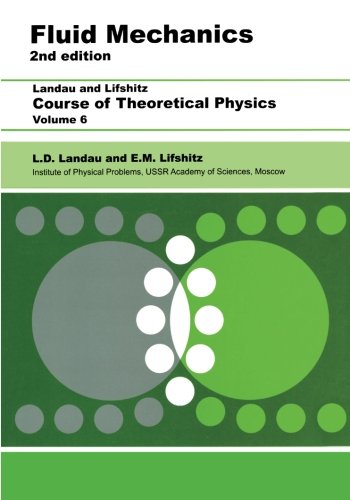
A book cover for Fluid Mechanics, Second Edition: Volume 6 (Course of Theoretical Physics S); L D Landau; Science & Math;